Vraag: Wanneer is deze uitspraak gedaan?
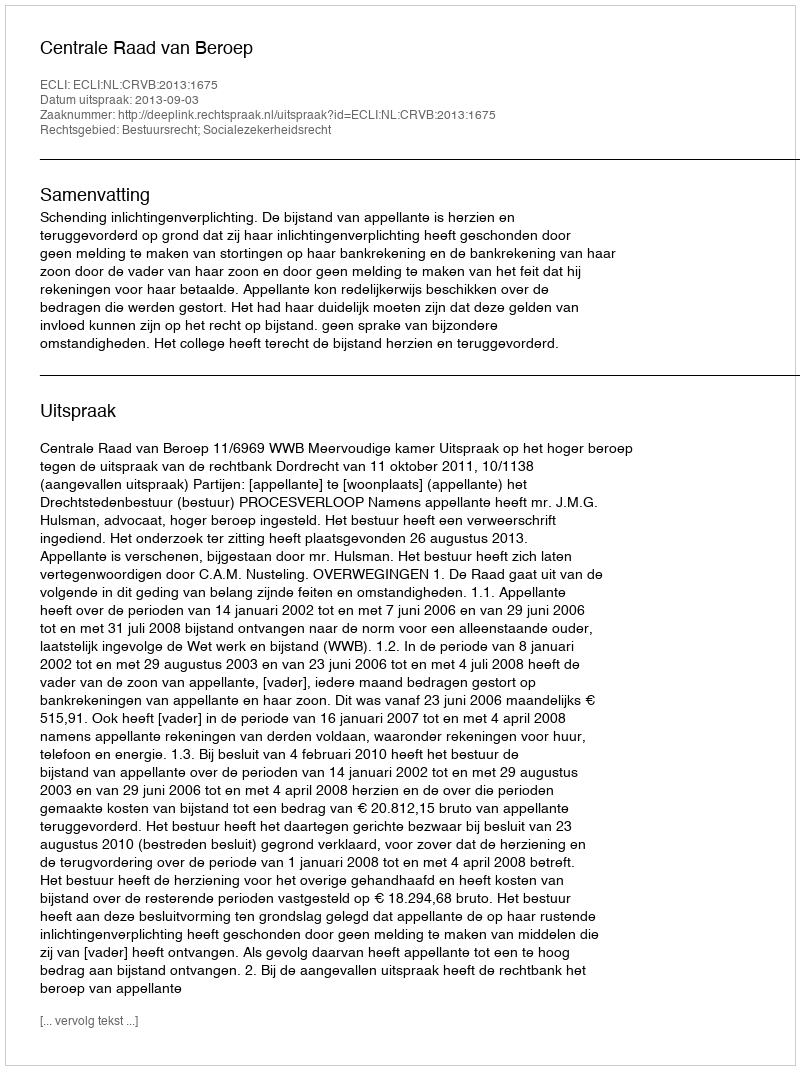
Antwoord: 2013-09-03